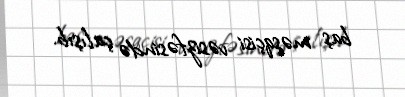
baş məşqçisi vəsizfəsində çalışıb.